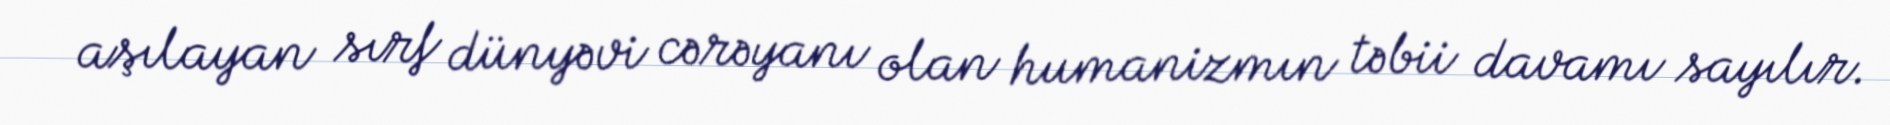
aşılayan sırf dünyəvi cərəyanı olan humanizmın təbii davamı sayılır.